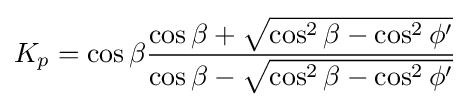
K_{p}=\cos \beta {\frac {\cos \beta +{\sqrt {\cos ^{2}\beta -\cos ^{2}\phi '}}}{\cos \beta -{\sqrt {\cos ^{2}\beta -\cos ^{2}\phi '}}}}